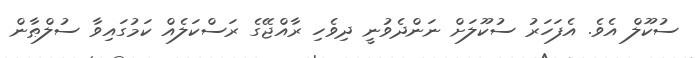
ސުކޫލް އެވެ. އެފަހަރު ސުކޫލަށް ނަންދެވުނީ ދިވެހި ރާއްޖޭގެ ރަސްކަލެއް ކަމުގައިވާ ސުލްޠާން